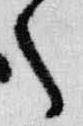
之